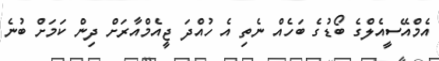
އެމްއޭސީއެލްގެ ބޯޑުގެ ބަހެއް ނެތި އެ ހުއްދަ ޖީއެމްއާރަށް ދިން ކަމަށް ބުނެ